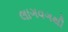
લાગવગથી